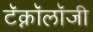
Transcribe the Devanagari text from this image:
टॅक्नॉलॉजी